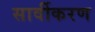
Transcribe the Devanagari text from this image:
सार्वीकरण